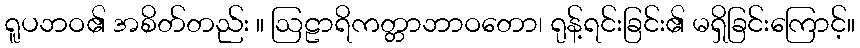
ရူပဘဝ၏ အစိတ်တည်း ။ ဩဠာရိကတ္တာဘာဝတော၊ ရုန့်ရင်းခြင်း၏ မရှိခြင်းကြောင့်။